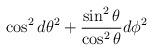
LaTeX: \begin{align*}\cos^2 d\theta^2 + {\sin^2\theta\over \cos^2\theta} d\phi^2\end{align*}